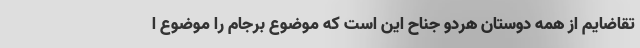
تقاضایم از همه دوستان هردو جناح این است که موضوع برجام را موضوع ا